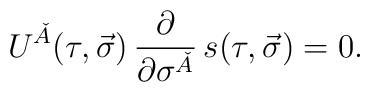
U^{\check{A}}(\tau,\vec{\sigma})\, \frac{\partial}{\partial\sigma^{\check{A}}}\, s(\tau,\vec{\sigma}) = 0.